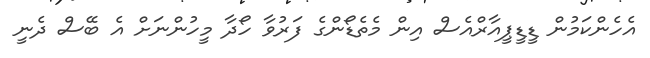
އެހެންކަމުން ޑީޑީޕީއާރްއެސް އިން މެތެޑޯންގެ ފަރުވާ ހޯދާ މީހުންނަށް އެ ބޭސް ދެނީ